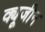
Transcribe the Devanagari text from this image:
क्यूजीन